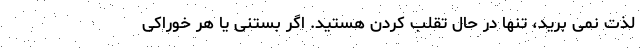
لذت نمی برید، تنها در حال تقلب کردن هستید. اگر بستنی یا هر خوراکی